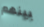
بينهم